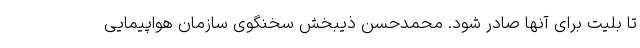
تا بلیت برای آنها صادر شود. محمدحسن ذیبخش سخنگوی سازمان هواپیمایی